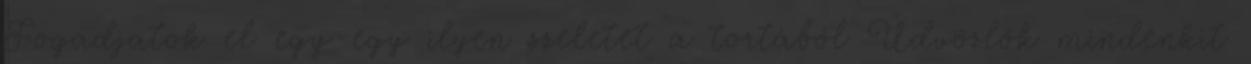
Fogadjatok el egy-egy ilyen szeletet a tortából Üdvözlök mindenkit